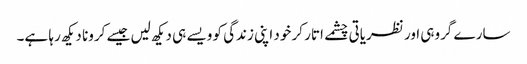
سارے گروہی اور نظریاتی چشمے اتار کر خود اپنی زندگی کو ویسے ہی دیکھ لیں جیسے کرونا دیکھ رہا ہے۔